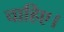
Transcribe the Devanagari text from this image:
चाहिए।